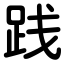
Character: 践